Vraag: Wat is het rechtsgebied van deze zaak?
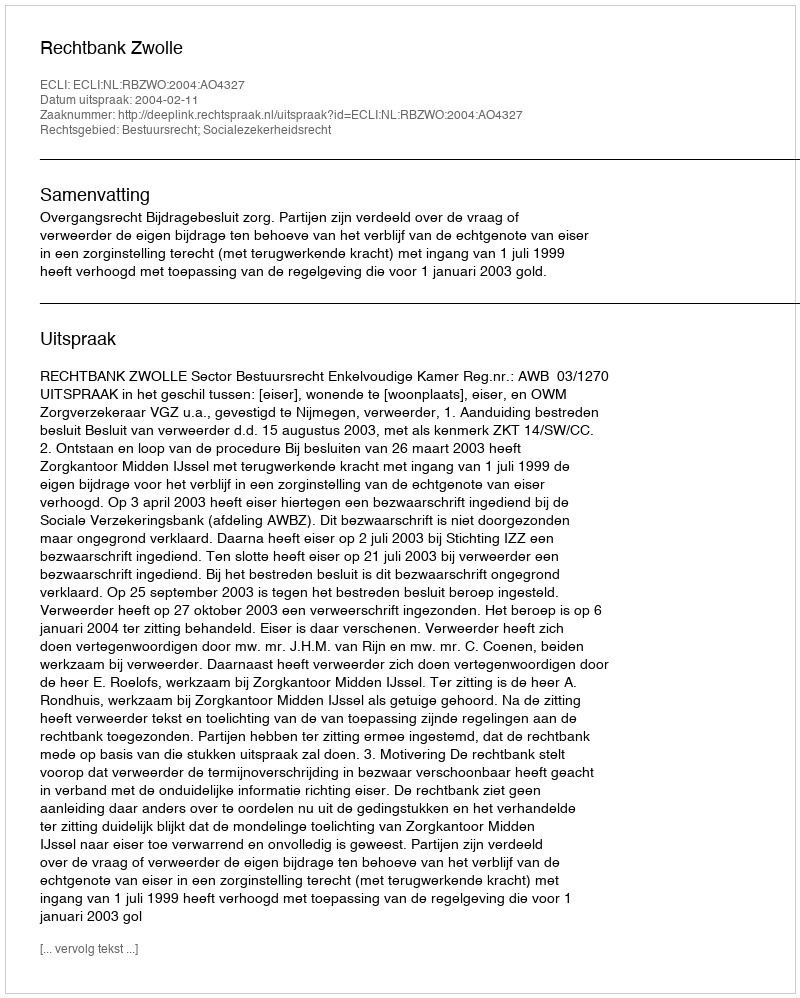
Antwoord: Bestuursrecht; Socialezekerheidsrecht